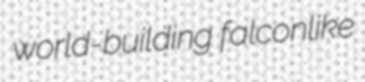
world-building falconlike